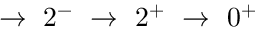
\rightarrow ~ 2 ^ { - } ~ \rightarrow ~ 2 ^ { + } ~ \rightarrow ~ 0 ^ { + }